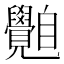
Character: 𦤲